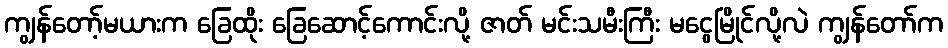
ကျွန်တော့်မယားက ခြေထိုး ခြေဆောင့်ကောင်းလို့ ဇာတ် မင်းသမီးကြီး မငွေမြိုင်လို့လဲ ကျွန်တော်က